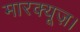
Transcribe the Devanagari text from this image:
मारक्यूज़।